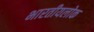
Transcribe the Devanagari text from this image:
भारतीयलोक